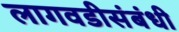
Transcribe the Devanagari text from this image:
लागवडीसंबंधी